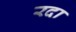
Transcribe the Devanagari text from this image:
रदा